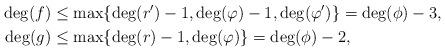
LaTeX: \begin{align*}\deg(f)&\le\max\{\deg(r')-1,\deg(\varphi)-1,\deg(\varphi')\}=\deg(\phi)-3,\\\deg(g)&\le\max\{\deg(r)-1,\deg(\varphi)\}=\deg(\phi)-2,\end{align*}